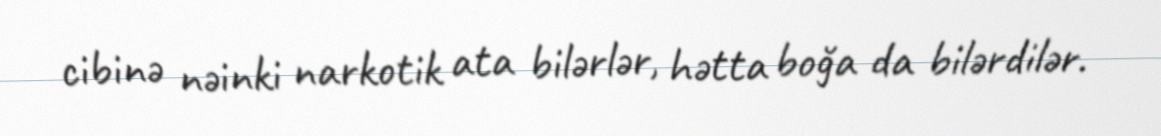
cibinə nəinki narkotik ata bilərlər, hətta boğa da bilərdilər.